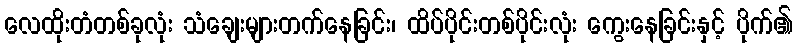
လေထိုးတံတစ်ခုလုံး သံချေးများတက်နေခြင်း၊ ထိပ်ပိုင်းတစ်ပိုင်းလုံး ကွေးနေခြင်းနှင့် ပိုက်၏